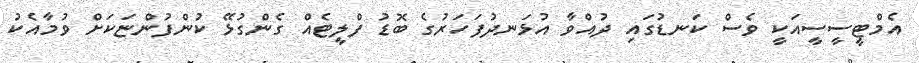
އެމްޓީސީސީއަކީ ވެސް ކަނޑުގައި ދުއްވާ އުޅަނދުފަހަރުގެ ބޮޑު ފްލީޓެއް ގެންގުޅޭ ކުންފުންޏަކަށް ވުމާއެކު